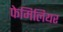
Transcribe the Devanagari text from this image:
फेमिलियर